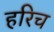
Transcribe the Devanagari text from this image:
हरिच